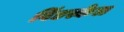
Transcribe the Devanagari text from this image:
विंडस्केल